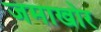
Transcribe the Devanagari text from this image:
जमाखोर